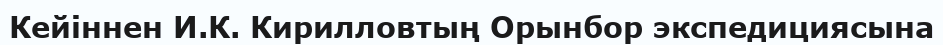
Кейіннен И.К. Кирилловтың Орынбор экспедициясына